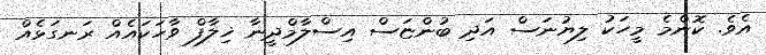
އެވެ. ކޮންމެ މީހަކު ލިޔުނަސް އަދި ބުންޏަސް އިސްލާމްދީނާ ޚިލާފް ވާހަކައެއް ރަނގަޅެއްް